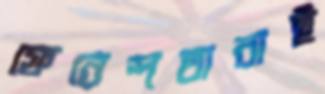
ফেরেশতারাই